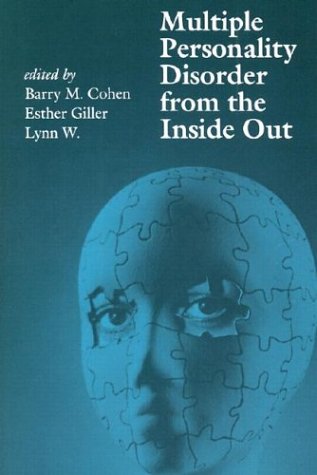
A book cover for Multiple Personality Disorder from the Inside Out; W. Giller; Health, Fitness & Dieting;